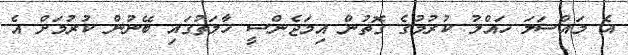
އެ މައްސަލަ ހައްލު ކުރުމުގެ ގޮތުން އިމަޖެންސީ ހާލަތުގައި ބޭނުން ކުރުމަށް އެ